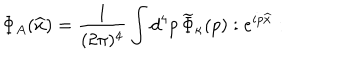
\Phi _ { A } ( \widehat { x } ) = { \frac { 1 } { ( 2 \pi ) ^ { 4 } } } \int d ^ { 4 } p \, \widetilde { \Phi } _ { \kappa } ( p ) : e ^ { i p \widehat { x } } :